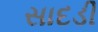
સાદડી